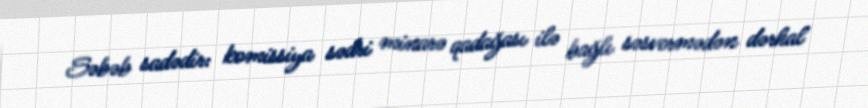
Səbəb sadədir: komissiya sədri minarə qadağası ilə bağlı səsvermədən dərhal